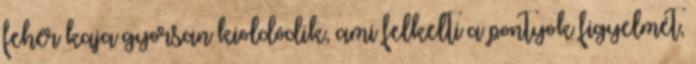
fehér kaja gyorsan kioldódik, ami felkelti a pontyok figyelmét,